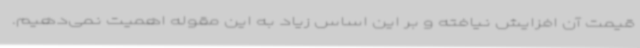
قیمت آن افزایش نیافته و بر این اساس زیاد به این مقوله اهمیت نمی‌دهیم.